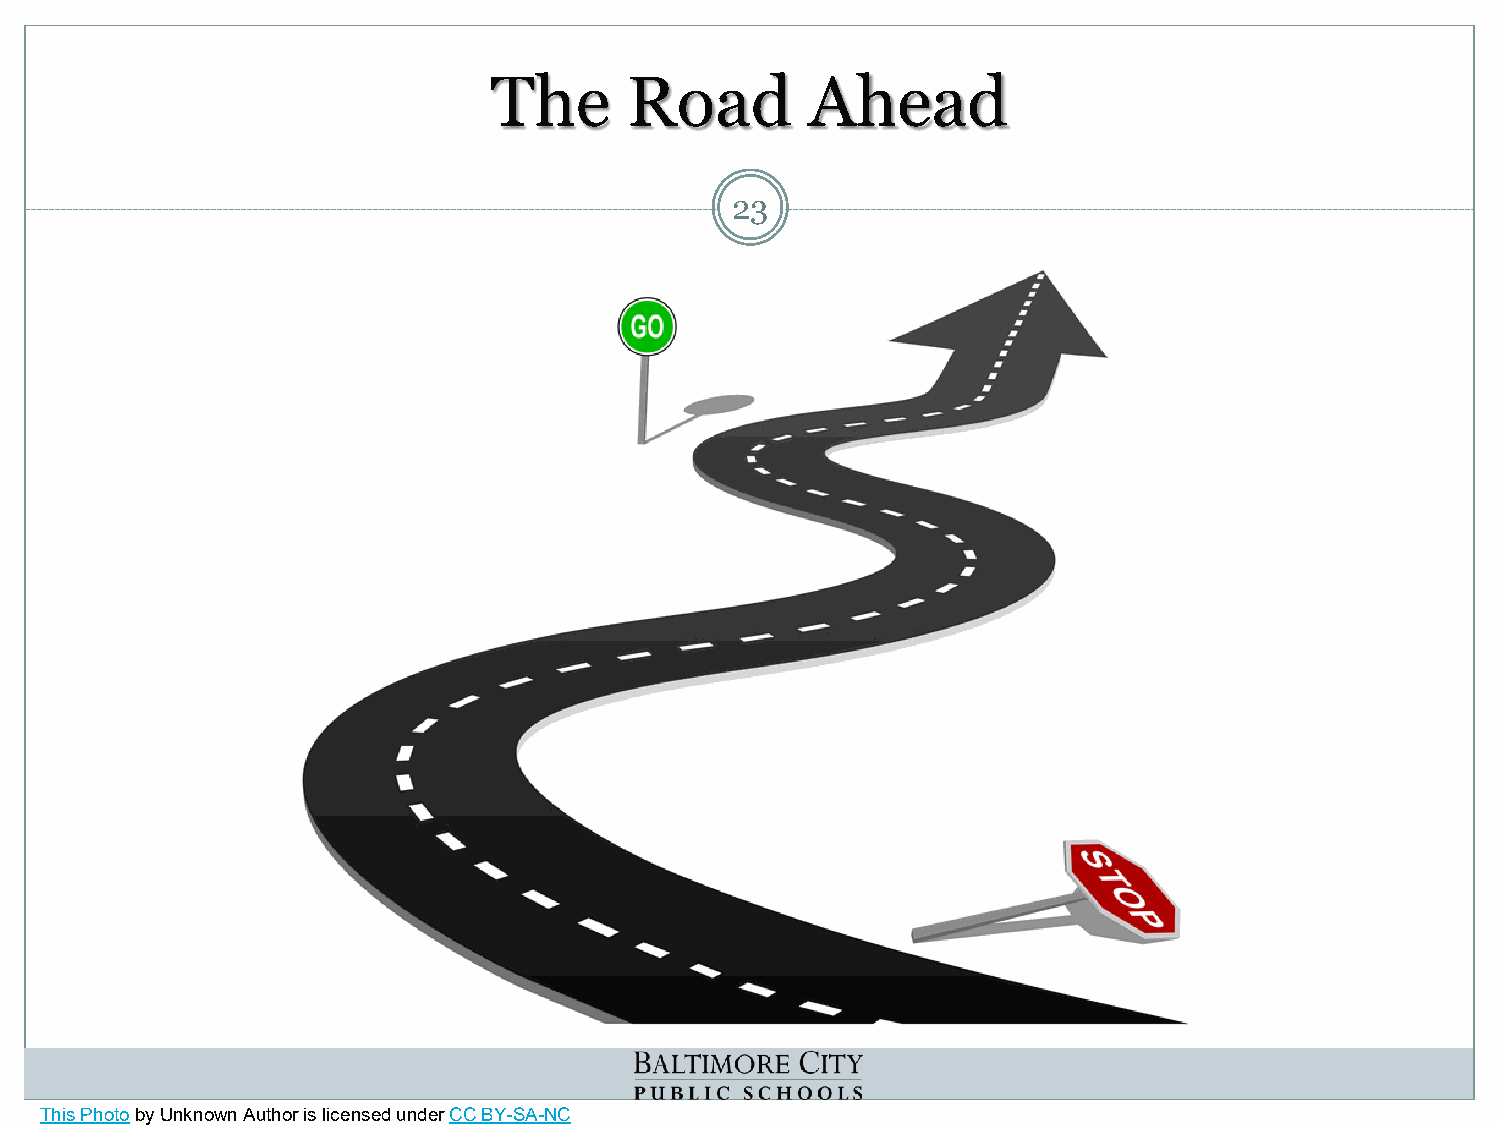
The       Road        Ahead
 23
 This Photoby Unknown Author is licensed under CC BY-SA-NC